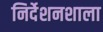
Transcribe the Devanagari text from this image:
निर्देशनशाला